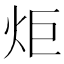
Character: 炬